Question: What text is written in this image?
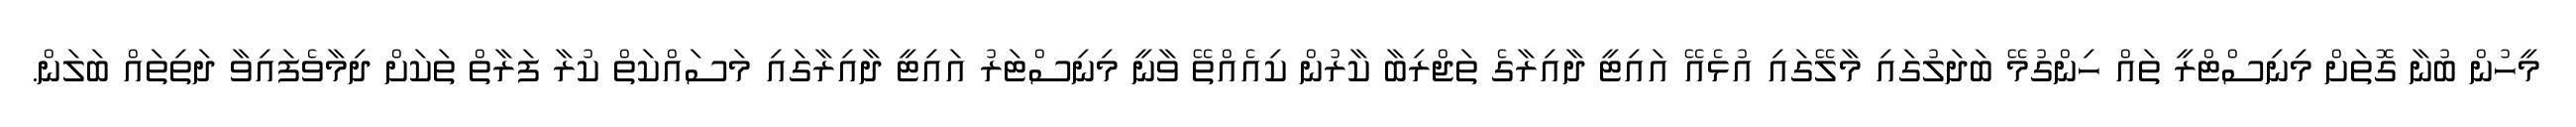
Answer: މީހުން ބުނާ ގޮތަށް މިނިސްޓްރީ ތައް ހިންގުމޭ ބަދަލުގައި މާލޭގައި އުޅެއޭ އައިޓީ ދާއިރާގެ ތަޖްރިބާ ކާރުން ކިއެއްތޭ ވާނީ މިނިސްޓަރު އައިޓީ ދާއިރާގައި މަސައްކަތް ކުރާ ފަރާތް ތަކަށް ދިމާވެފައިވާ ދަތިތައް ބަލަން.